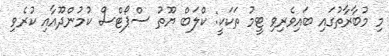
މި މުބާރާތުގައި ބައިވެރިވި ޓީމު ތަކަކީ: ކްލަބް ޔޫތު ސްޕޯޓްސް ކުމުންދޫއާއި ކުރެވި